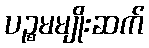
ပဉ္စမမျိုးဆက်